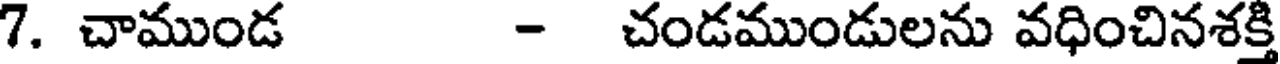
7. చాముండ - చండముండులను వధించినశక్తి